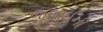
જૂલાઈની